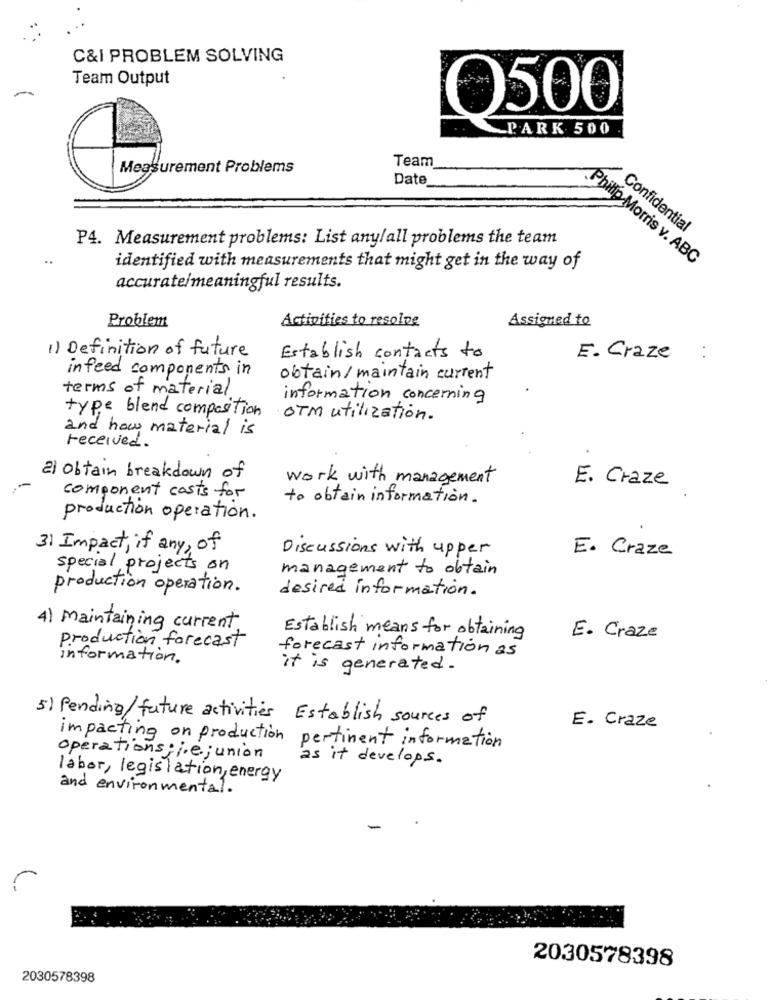
C&I PROBLEM SOLVING
Team Output
O500
PARK 500
Team
Measurement Problems
Date
Confidential
P4. Measurement problems: List any/all problems the team
Philip Morris v. ABC
identified with measurements that might get in the way of
accurate/meaningful results.
Problem
Activities to resolve
Assigned to
1) Definition of future
Establish contacts to
E. Craze
infeed components in
obtain /maintain current
terms of material
information concerning
type blend composition
OTM utilization.
and how material is
received .
-
2) obtain breakdown of
work with management
E. Craze
component costs for
to obtain information.
production operation.
31 Impact , if any, of
Discussions with upper
E. Craze
special projects on
management to obtain
production operation.
desired information.
4 ) maintaining current
production forecast
Establish means for obtaining
E. Craze
forecast information as
information.
it is generated.
5) Pending/future activities Establish sources of
E. Craze
impacting on production
pertinent information
operations; jejunion
as it develops.
labor, legislation, energy
and environmental.
2030578398
2030578398